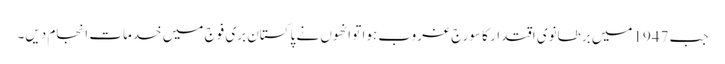
جب 1947میں برطانوی اقتدار کا سورج غروب ہوا تو انھوں نے پاکستان بری فوج میں خدمات انجام دیں۔